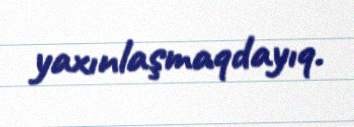
yaxınlaşmaqdayıq.